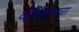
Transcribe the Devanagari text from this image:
व्हैदिसोवाचा